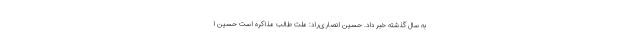
به سال گذشته خبر داد. حسین انصاری‌راد: ملت طالب مذاکره است حسین ا